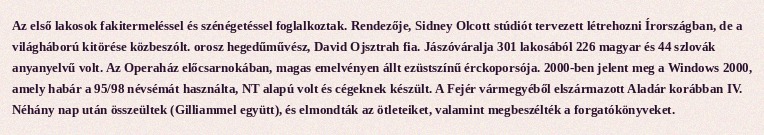
Az első lakosok fakitermeléssel és szénégetéssel foglalkoztak. Rendezője, Sidney Olcott stúdiót tervezett létrehozni Írországban, de a világháború kitörése közbeszólt. orosz hegedűművész, David Ojsztrah fia. Jászóváralja 301 lakosából 226 magyar és 44 szlovák anyanyelvű volt. Az Operaház előcsarnokában, magas emelvényen állt ezüstszínű érckoporsója. 2000-ben jelent meg a Windows 2000, amely habár a 95/98 névsémát használta, NT alapú volt és cégeknek készült. A Fejér vármegyéből elszármazott Aladár korábban IV. Néhány nap után összeültek (Gilliammel együtt), és elmondták az ötleteiket, valamint megbeszélték a forgatókönyveket.